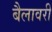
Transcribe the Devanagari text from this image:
बैलावरी